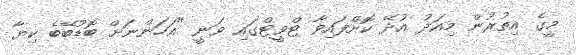
މީގެ އިތުރުން މިއަދު އުދޭ ކޮށްފައިވާ ޓްވީޓްގައި ވަނީ "އަހަންނަށް ބޮޑުބޭބެ ކިޔާ